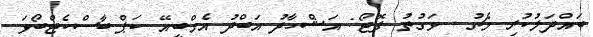
ބައްދަލުކުރި މެޗު - ވަގުތު ފޮޓޯ: އަޝްހާދު އަބްދު އެމްބީއޭ ކަޕް ބާސްކެޓްބޯޅަ